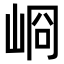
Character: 𡸀